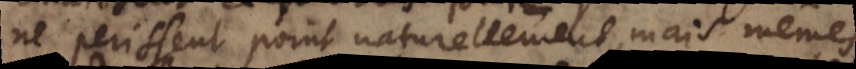
ne perissent point naturellement, mais mêmes